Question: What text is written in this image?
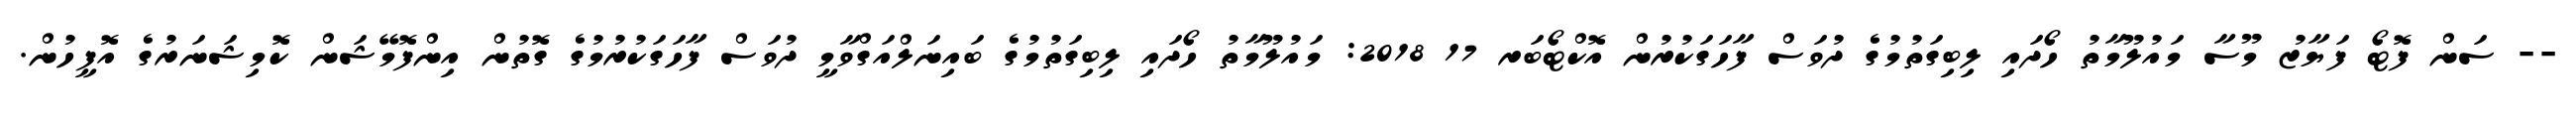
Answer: -- ސަން ފޮޓޯ ފަޔާޒު މޫސާ މައުލޫމާތު ހޯދައި ލިބިގަތުމުގެ ދުވަސް ފާހަގަކުރުން އޮކްޓޯބަރ 17 2018: މައުލޫމާތު ހޯދައި ލިބިގަތުމުގެ ބައިނަލްއަގްވާމީ ދުވަސް ފާހަގަކުރުމުގެ ގޮތުން އިންފޮމޭޝަން ކޮމިޝަނަރުގެ އޮފީހުން.